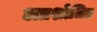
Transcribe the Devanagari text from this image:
अप्रशोधित